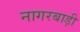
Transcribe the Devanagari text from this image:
नागरबाड़ी